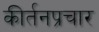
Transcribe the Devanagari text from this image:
कीर्तनप्रचार